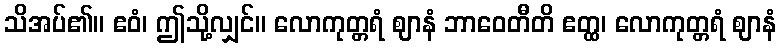
သိအပ်၏။ ဧဝံ၊ ဤသို့လျှင်။ လောကုတ္တရံ ဈာနံ ဘာဝေတီတိ ဧတ္ထ၊ လောကုတ္တရံ ဈာနံ